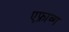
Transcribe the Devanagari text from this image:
एफ्राव्ग